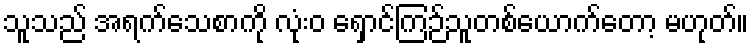
သူသည် အရက်သေစာကို လုံးဝ ရှောင်ကြဉ်သူတစ်ယောက်တော့ မဟုတ်။